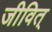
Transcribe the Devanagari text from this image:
जीवित्